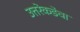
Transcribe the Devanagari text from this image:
उत्तरेकडेचा